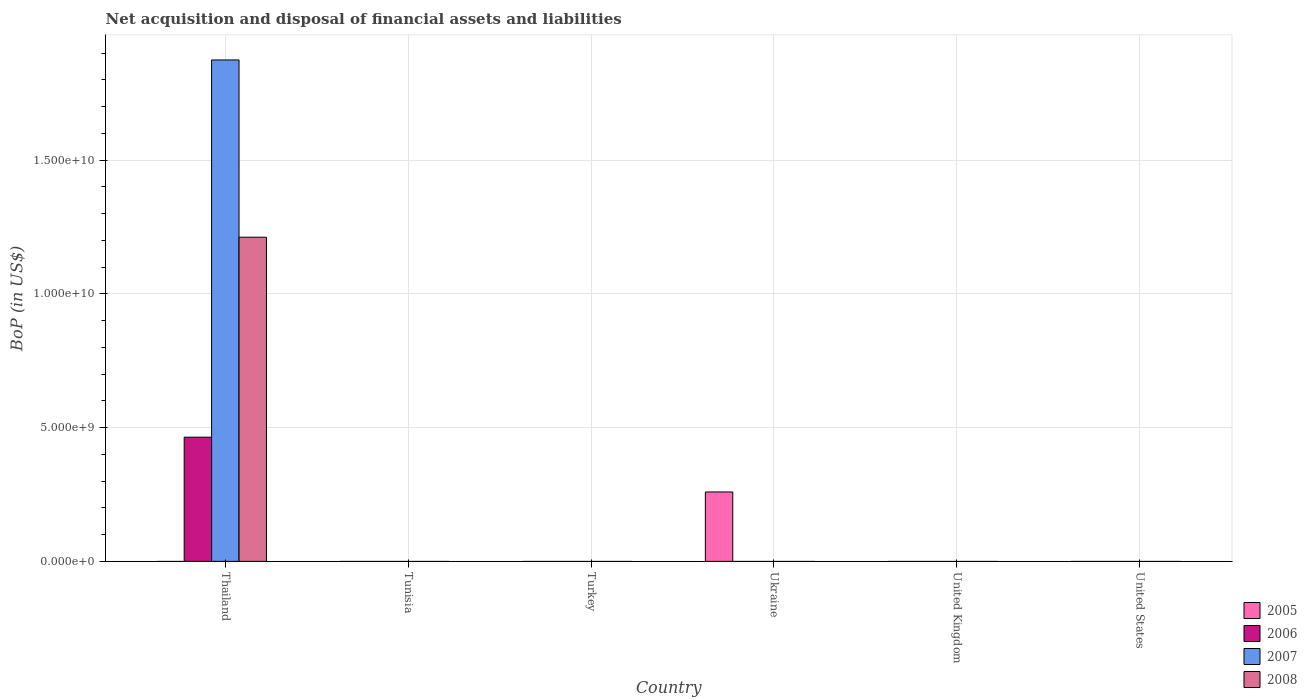
| Country | 2005 | 2006 | 2007 | 2008 |
 | --- | --- | --- | --- | --- |
 | Thailand | -1.55e+09 | 4.64e+09 | 1.87e+10 | 1.21e+10 |
 | Tunisia | -1.99e+08 | -5.12e+08 | -7.88e+08 | -1.52e+09 |
 | Turkey | -1.95e+10 | -3.21e+10 | -3.73e+10 | -3.75e+10 |
 | Ukraine | 2.6e+09 | -1.52e+09 | -5.71e+09 | -1.22e+10 |
 | United Kingdom | -3.15e+10 | -5.92e+10 | -7.19e+10 | -8.22e+10 |
 | United States | -7.01e+11 | -8.09e+11 | -6.17e+11 | -7.31e+11 |